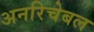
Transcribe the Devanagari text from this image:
अनरिचेबल